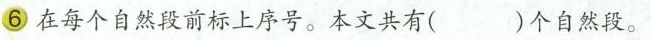
⑥在每个自然段前标上序号。本文共有( )个自然段。